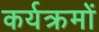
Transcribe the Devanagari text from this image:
कर्यक्रमों